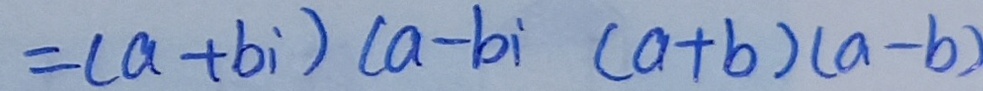
= ( a + b i ) ( a - b i ( a + b ) ( a - b )